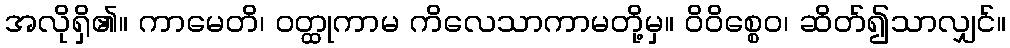
အလိုရှိ၏။ ကာမေတိ၊ ဝတ္ထုကာမ ကိလေသာကာမတို့မှ။ ဝိဝိစ္စေဝ၊ ဆိတ်၍သာလျှင်။